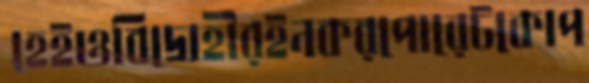
হেইওবিদ্রোহীরইনকরপোরেটকোপ